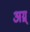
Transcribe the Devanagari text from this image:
अग्न्